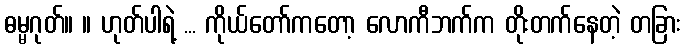
ဓမ္မဂုတ်။ ။ ဟုတ်ပါရဲ့ ... ကိုယ်တော်ကတော့ လောကီဘက်က တိုးတက်နေတဲ့ တခြား